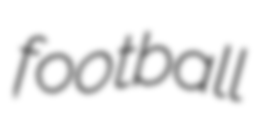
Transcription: football